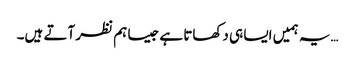
…یہ ہمیں ایسا ہی دکھاتا ہے جیسا ہم نظر آتے ہیں۔